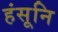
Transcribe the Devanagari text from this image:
हंसूनि